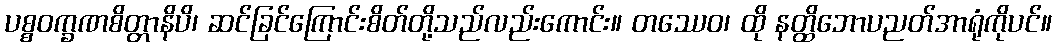
ပစ္စဝက္ခဏစိတ္တာနိပိ၊ ဆင်ခြင်ကြောင်းစိတ်တို့သည်လည်းကောင်း။ တဿေဝ၊ ထို နတ္ထိဘောပညတ်အာရုံကိုပင်။